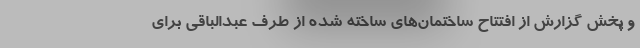
و پخش گزارش از افتتاح ساختمان‌های ساخته شده از طرف عبدالباقی برای